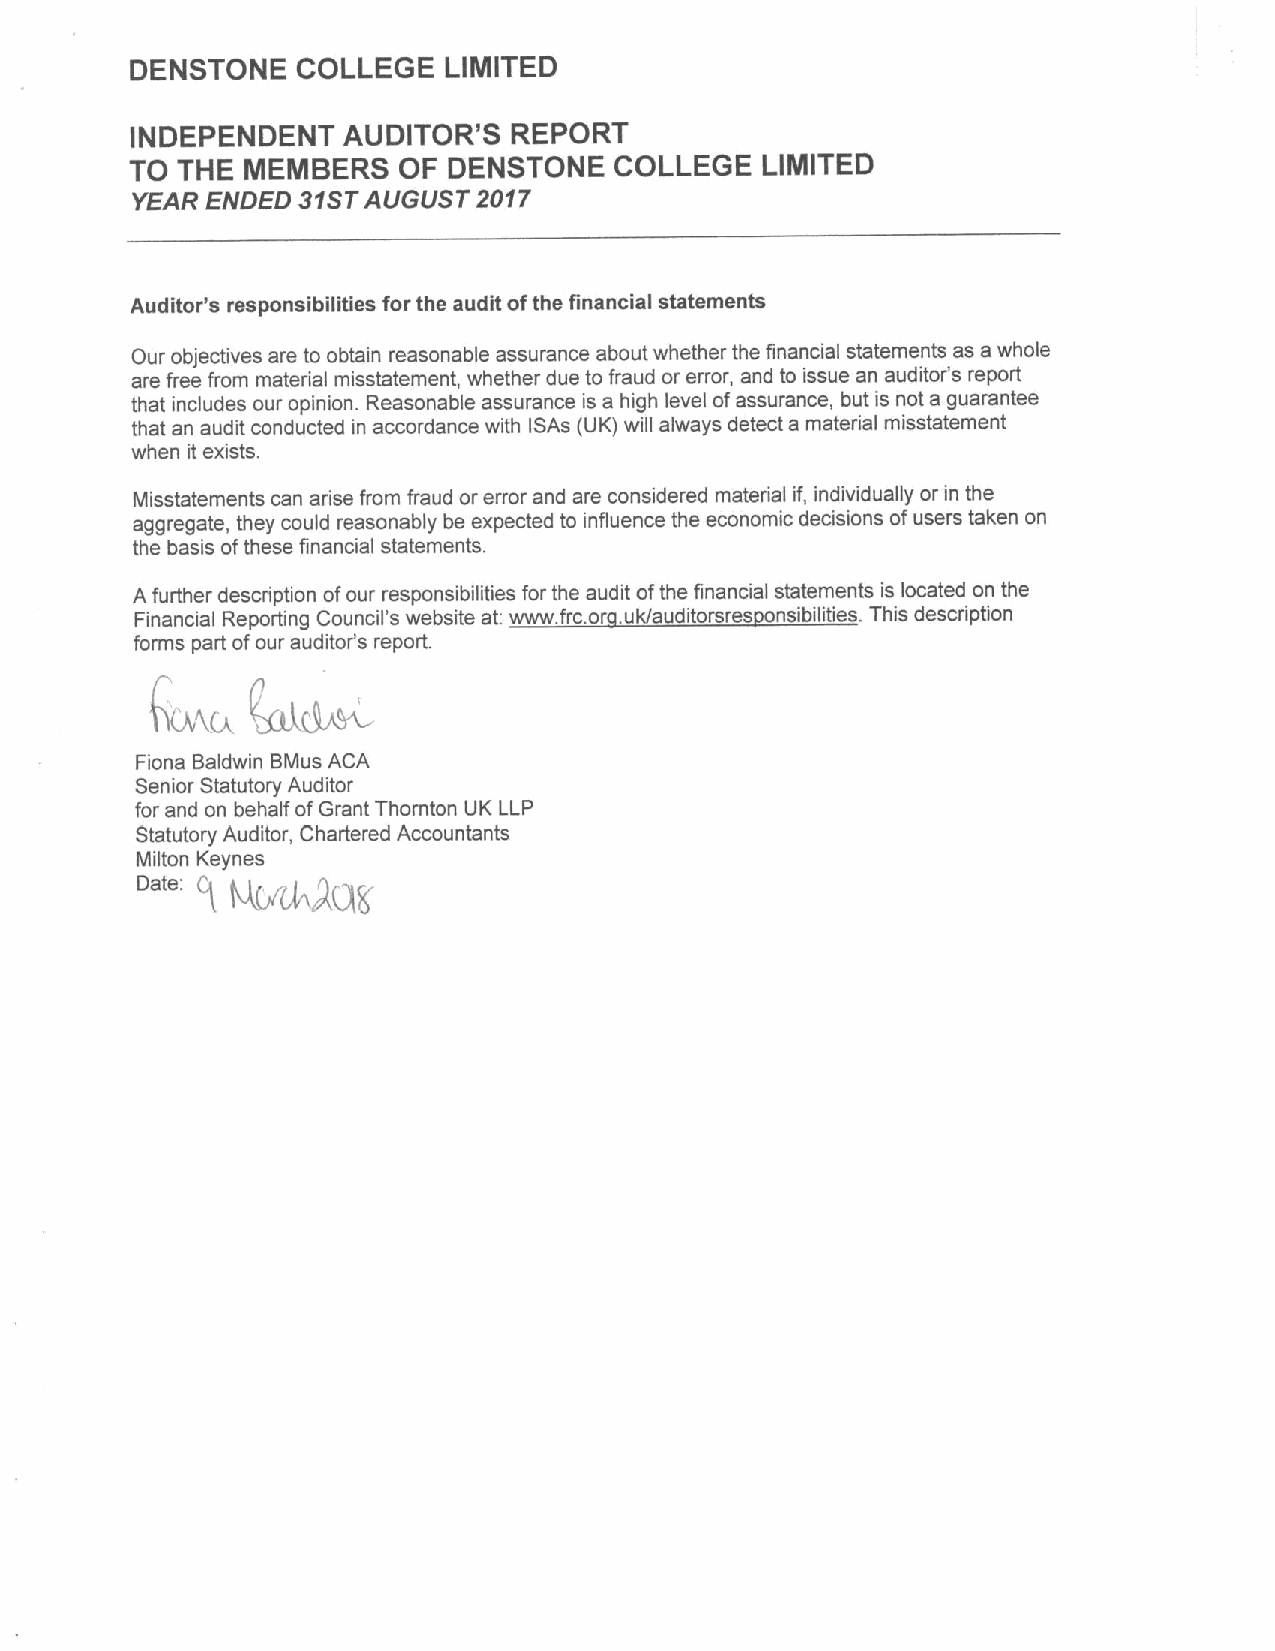
DENSTONE   COLLEGE  LIMITED
 INDEPENDENT   AUDITOR'S  REPORT
 TO THE MEMBERS   OF  DENSTONE   COLLEGE  LIMITED
 YEAR ENDED 31STAUGUST  2017
 Auditor's responsibilities for the audit ofthe financial statements
 Our objectives are to obtain reasonable assurance about whether the financial statements as a whole
 are free from material misstatement, whether due to fraud or error, and to issue an auditor's report
 that includes our opinion. Reasonable assurance is a high level ofassurance, but is not a guarantee
 that an audit conducted in accordance with ISAs (UK) will always detect a material misstatement
 when it exists.
 Misstatements can arise from fraud or error and are considered material if, individually or in the
 aggregate, they could reasonably be expected to influence the economic decisions ofusers taken on
 the basis ofthese financial statements.
 A further description ofour responsibilities for the audit ofthe financial statements is located on the
 Financial Reporting Council's website at www frc.or uk/auditorsres nsibilities. This description
 forms part ofour auditor's report.
 Fiona Baldwin BMus ACA
 Senior Statutory Auditor
 for and on behalf ofGrant Thornton UK LLP
 Statutory Auditor, Chartered Accountants
 Milton Keynes